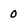
Character: 0